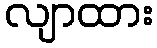
လျာထား